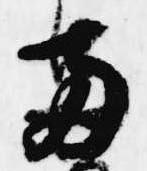
両